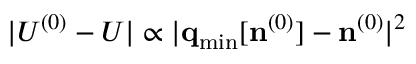
\vert { \cal U } ^ { ( 0 ) } - U \vert \propto \vert { \bf q } _ { \mathrm { m i n } } [ { \bf n } ^ { ( 0 ) } ] - { \bf n } ^ { ( 0 ) } \vert ^ { 2 }